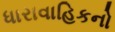
ધારાવાહિકનો